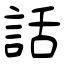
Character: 話